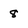
Character: 8